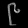
Digit: ၉